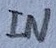
Text: IN